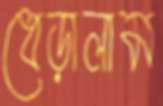
ধেড়ালাম